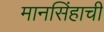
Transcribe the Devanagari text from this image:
मानसिंहाची